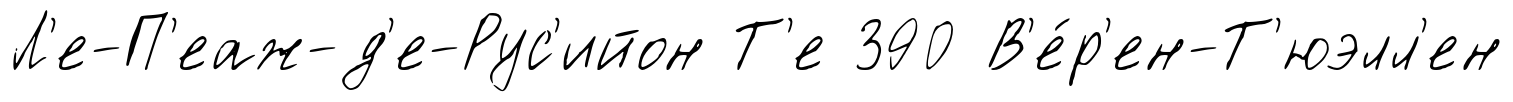
Л'е-П'еаж-д'е-Рус'ийон Т'е 390 В'е́р'ен-Т'юэлл'ен